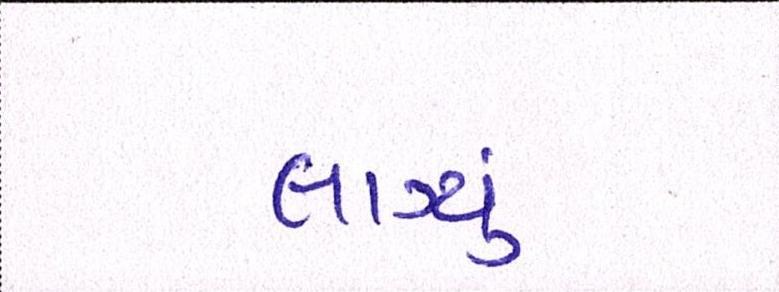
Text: લાગ્યું